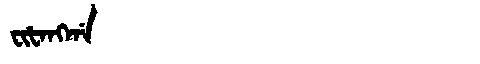
Manchu: ᠸᡳᡶᠠᠩᡤᠠ
Romanization: FIFANGGA